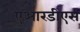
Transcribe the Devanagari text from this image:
एआरडीएस